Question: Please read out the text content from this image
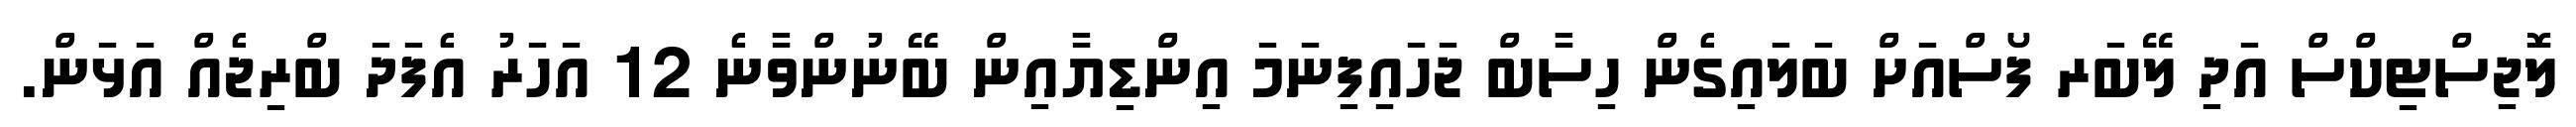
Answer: ލޮޖިސްޓިކްސް އަދި ލޭބަރ ފޯސްއަށް ބަލައިގެން ހިސާބް ޖަހައިފިނަމަ އިންޑިޔާއިން ބޭނުންވާނެ 12 އަހަރު އެފަދަ ބްރިޖެއް އަޅަން.